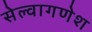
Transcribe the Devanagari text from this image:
सेल्वागणेश